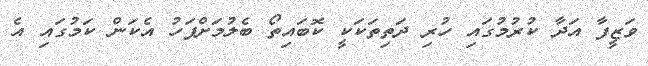
ވަޒީފާ އަދާ ކުރުމުގައި ހުރި ދަތިތަކަކީ ކޮބައިތޯ ބެލުމަށްފަހު އެކަން ކަމުގައި އެ